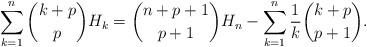
LaTeX: \begin{align*}\sum_{k=1}^{n} \binom{k+p}{p}H_k = \binom{n+p+1}{p+1} H_n -\sum_{k=1}^{n} \frac{1}{k}\binom{k+p}{p+1}.\end{align*}